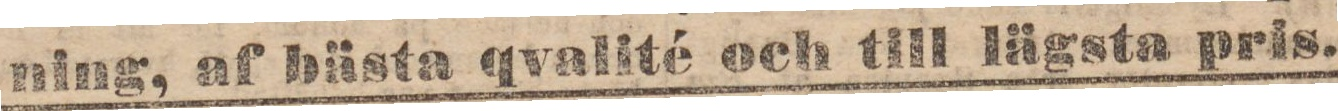
ning, af bästa qvalité och till lägsta pris.